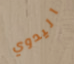
اليدوي